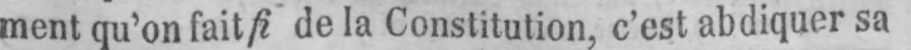
ment qu’on fait fi de la Constitution, c’est abdiquer sa